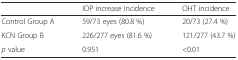
|  | IOP increase incidence | OHT incidence |
 | --- | --- | --- |
 | Control Group A | 59/73 eyes (80.8 %) | 20/73 (27.4 %) |
 | KCN Group B | 226/277 eyes (81.6 %) | 121/277 (43.7 %) |
 | p value | 0.951 | <0.01 |